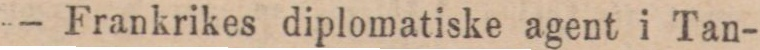
— Frankrikes diplomatiske agent i Tan-